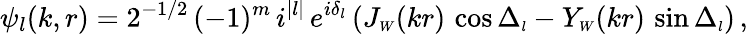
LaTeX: \psi_{l}(k,r)=2^{-1/2}\, (-1)^{m}\, i^{|l|}\, e^{i\delta_{l}}\, (J_{\scriptscriptstyle{W}}(kr)\, \cos\Delta_{\scriptscriptstyle{l}}-Y_{\scriptscriptstyle{W}}(kr)\, \sin\Delta_{\scriptscriptstyle{l}})\, ,